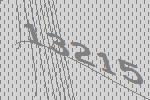
13215